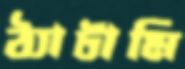
ঠ্যাটামি